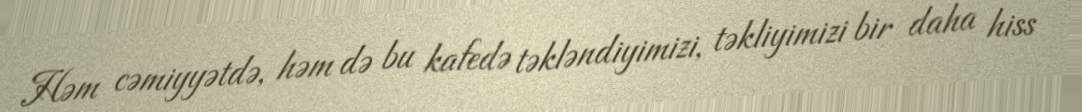
Həm cəmiyyətdə, həm də bu kafedə təkləndiyimizi, təkliyimizi bir daha hiss